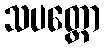
သပတ္တော